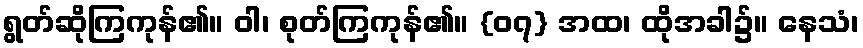
ရွတ်ဆိုကြကုန်၏။ ဝါ၊ စုတ်ကြကုန်၏။ {၀၇} အထ၊ ထိုအခါ၌။ နေသံ၊